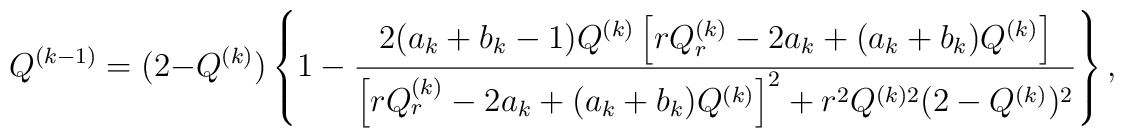
Q^{(k-1)} = (2 - Q^{(k)}) \left\{ 1 - \frac{2 (a_k+b_k - 1) Q^{(k)}\left[r Q^{(k)}_r - 2 a_k + (a_k+b_k) Q^{(k)} \right]}{\left[r Q^{(k)}_r - 2 a_k + (a_k+b_k) Q^{(k)} \right]^2 +r^2 Q^{(k)2} (2 - Q^{(k)})^2} \right\},